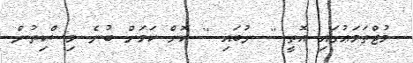
މުޖްތަމަޢުގައި އޮތީ '' ނުބައި '' ކޮށް ކަމަށް ބުނެ މިސްކިތުން